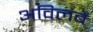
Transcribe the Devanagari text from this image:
अविलंबें